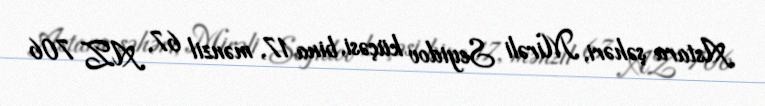
Astara şəhəri, Mirəli Seyidov küçəsi, bina 17, mənzil 67, AZ 706